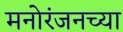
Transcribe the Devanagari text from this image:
मनोरंजनच्या